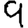
Digit: 9